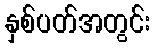
နှစ်ပတ်အတွင်း